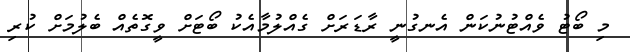
މި ބޯޓު ވެއްޓުނުކަން އެނގުނީ ރާޑަރަށް ގެއްލުމާއެކު ބޯޓަށް ވީގޮތެއް ބެލުމަށް ކުރި